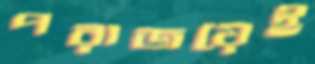
পরাজয়েই